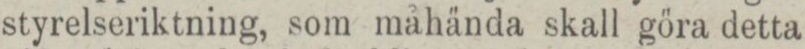
styrelseriktning, som måhända skall göra detta